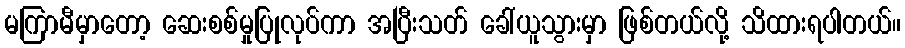
မကြာမီမှာတော့ ဆေးစစ်မှုပြုလုပ်ကာ အပြီးသတ် ခေါ်ယူသွားမှာ ဖြစ်တယ်လို့ သိထားရပါတယ်။